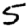
Digit: 5